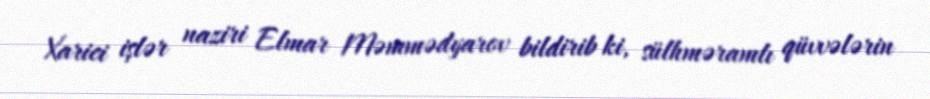
Xarici işlər naziri Elmar Məmmədyarov bildirib ki, sülhməramlı qüvvələrin